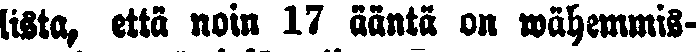
lista, että noin 17 ääntä on wähemmis-